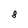
Character: 8